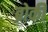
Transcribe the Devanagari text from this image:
ब्रोकी